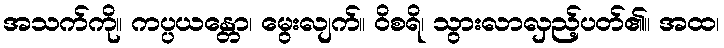
အသက်ကို။ ကပ္ပယန္တော၊ မွေးလျက်။ ဝိစရိ၊ သွားလာလှည့်ပတ်၏။ အထ၊